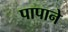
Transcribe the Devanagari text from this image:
पापाने